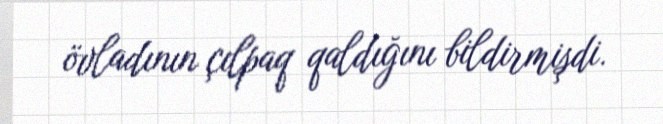
övladının çılpaq qaldığını bildirmişdi.